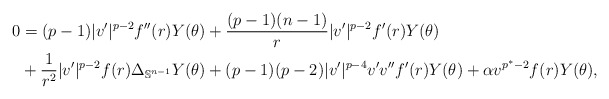
\begin{align*}0&=(p-1) |v'|^{p-2} f''(r)Y(\theta) + \frac{(p-1)(n-1)}{r} |v'|^{p-2} f'(r)Y(\theta) \\ & +\frac{1}{r^2}|v'|^{p-2} f(r)\Delta_{\mathbb{S}^{n-1}}Y(\theta)+(p-1)(p-2)|v'|^{p-4} v' v'' f'(r)Y(\theta) +\alpha v^{p^*-2}f(r)Y(\theta),\end{align*}